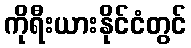
ကိုရီးယားနိုင်ငံတွင်